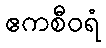
ဧကစီဝရံ